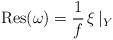
LaTeX: \begin{align*}{\rm Res}(\omega)=\frac{1}{f}\, \xi \, |_Y\end{align*}